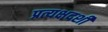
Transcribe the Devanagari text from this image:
प्रत्यक्षदर्शीं